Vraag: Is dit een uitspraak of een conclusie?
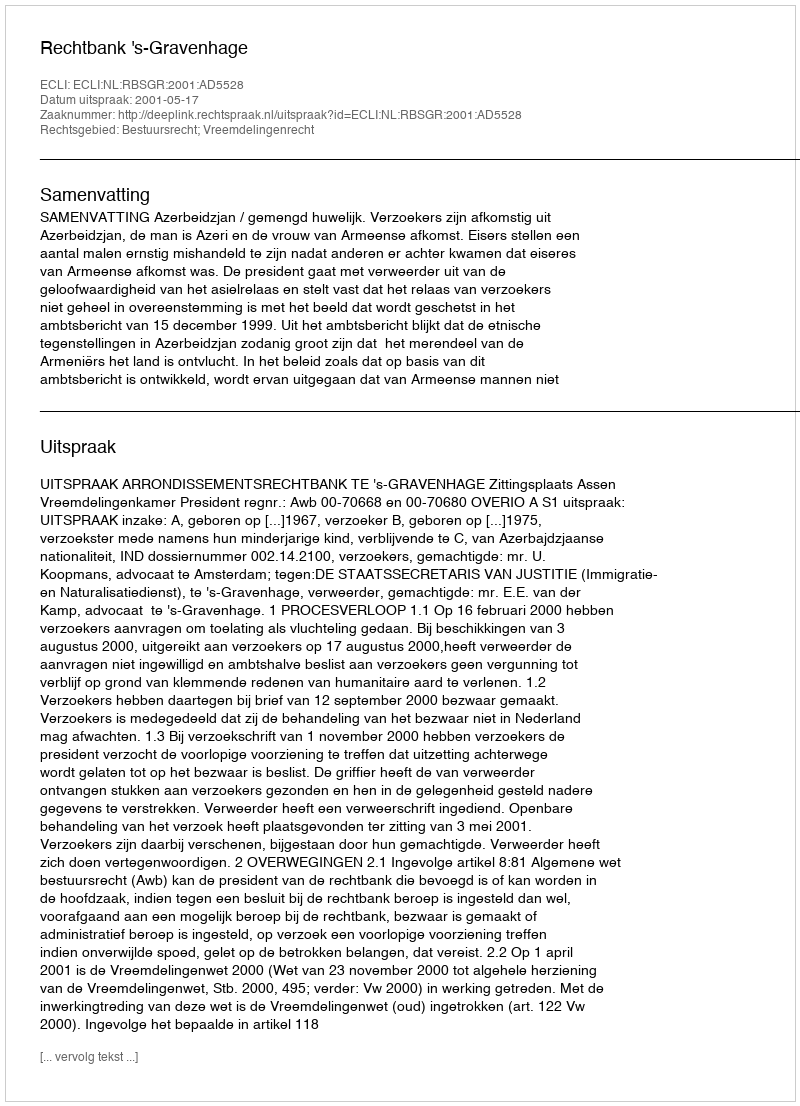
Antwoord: Uitspraak